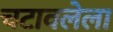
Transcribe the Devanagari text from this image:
चटावलेला